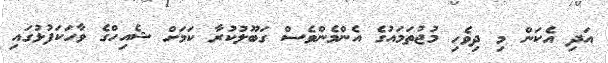
އަދި އެކަން މި ދިވެހި މުޖުތަމައުގެ އެންމެންވެސް ގަބޫލުކުރާ ކަމަށް ޝެއިހްގެ ވާހަކަފުޅުގައި